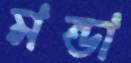
মন্ডা